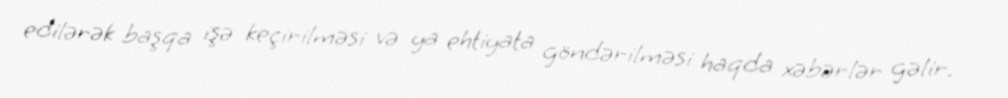
edilərək başqa işə keçirilməsi və ya ehtiyata göndərilməsi haqda xəbərlər gəlir.